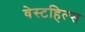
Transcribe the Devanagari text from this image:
वेस्टहिल्स